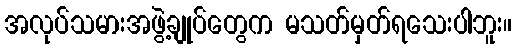
အလုပ်သမားအဖွဲ့ချုပ်တွေက မသတ်မှတ်ရသေးပါဘူး။